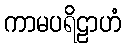
ကာမပရိဠာဟံ